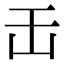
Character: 𠙻